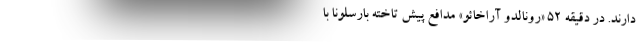
دارند. در دقیقه ۵۲ «رونالدو آراخائو» مدافع پیش تاخته بارسلونا با